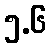
၅.၆